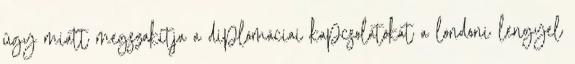
ügy miatt megszakítja a diplomáciai kapcsolatokat a londoni lengyel